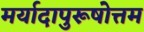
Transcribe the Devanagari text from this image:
मर्यादापुरूषोत्तम